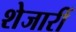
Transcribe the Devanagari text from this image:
शेजारीं